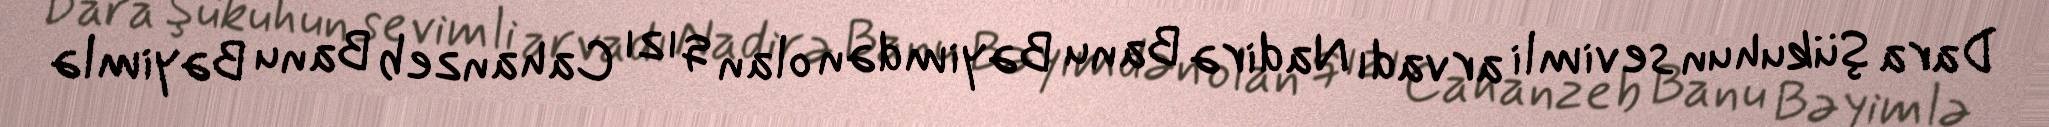
Dara Şükuhun sevimli arvadı Nadirə Banu Bəyimdən olan qızı Cahanzeb Banu Bəyimlə